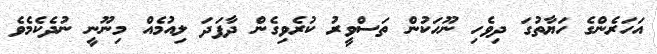
އަހަރެންގެ ހަޔާތުގަ ދިވެހި ނޫހަކުން ތަސްވީރު ކުރެވިގެން ދާފަދަ ލިއުމެއް މިނޫނީ ނުދެކެމެވެ